Magi,_Artur, lk 90
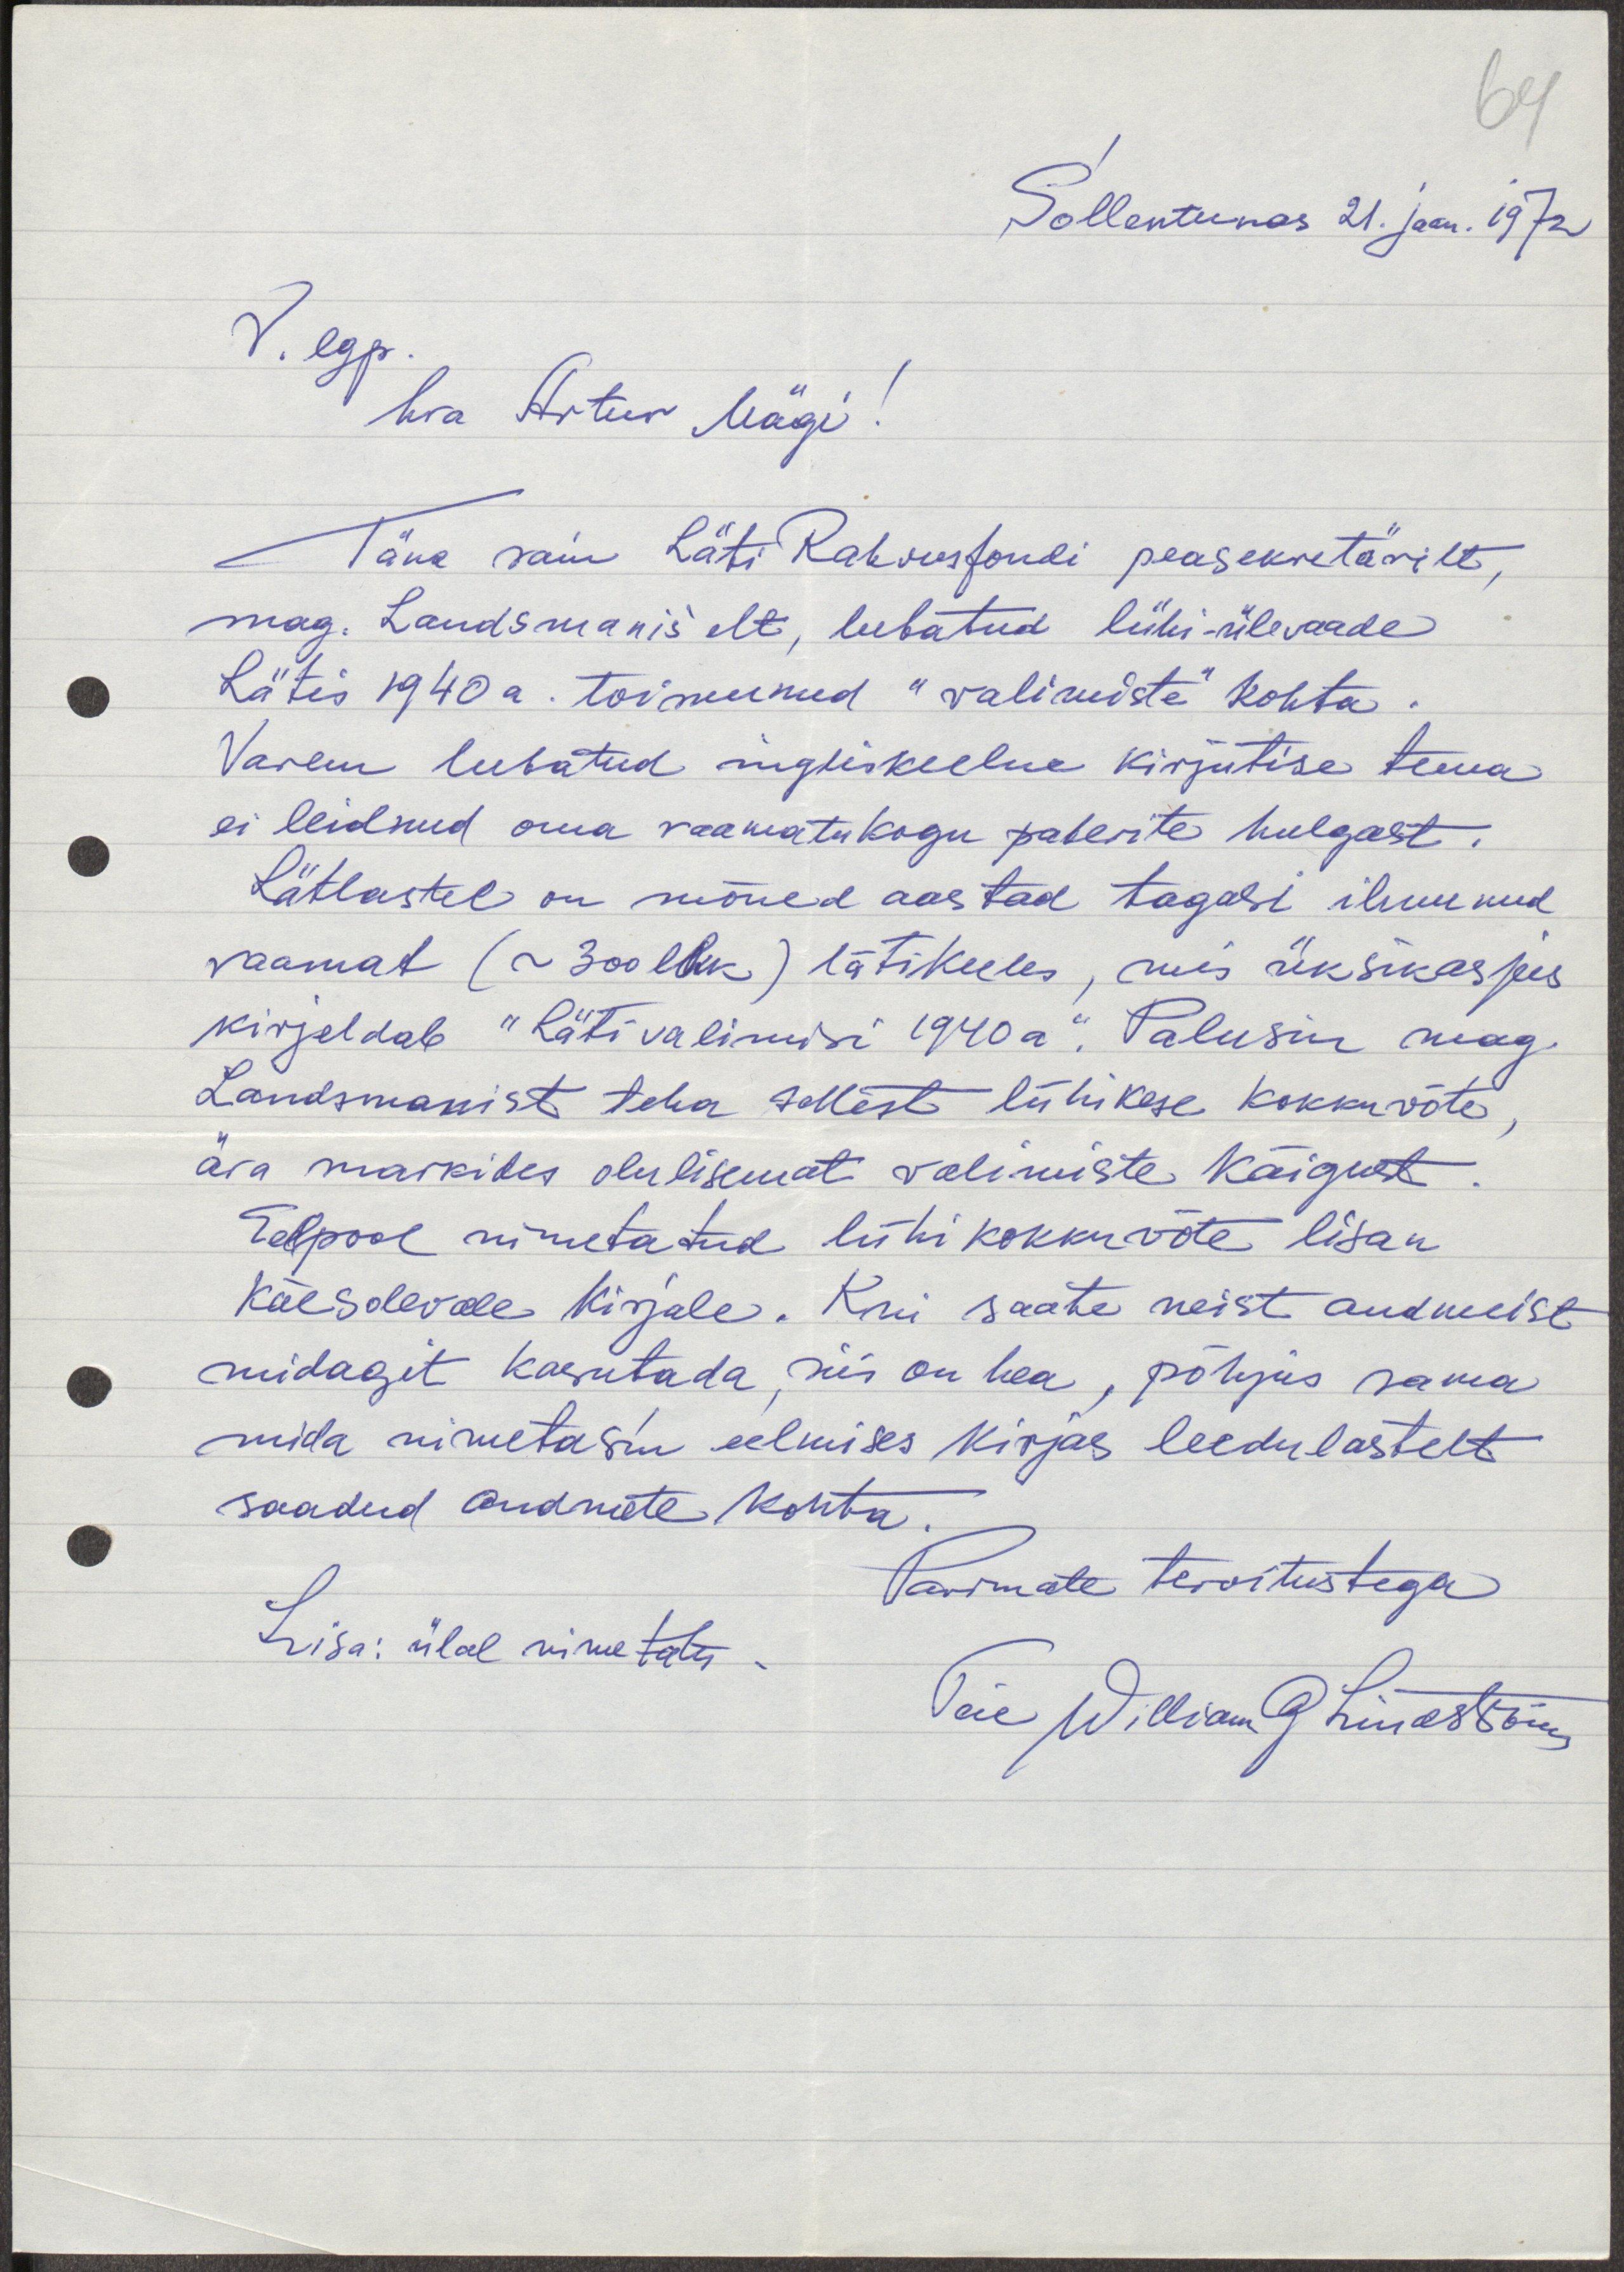
64
Sollentunas 21. jaan. 1972.
V. lgp hra Artur Mägi!
Täna sain Läti Rahvusfondi peasekretärilt,
mag. Landsmanis'elt, lubatud lühi-ülevaade
Lätis 1940.a. toimunud "valimiste" kohta
Varem lubatud ingliseelne kirjutise teema
ei leidnud oma raamatukogu paberite hulgast.
Lätlastel on mõned aastad tagasi ilmunud
raamat (~300lk) lätikeeles, mis üksikasjus
kirjeldab "Läti valimisi 1940a". Palusin mag.
Landsmanist teha sellest lühikese kokkuvõte,
ära markides olulisemat valimiste käigust.
Eelpool nimetatud lühikokkuvõte lisan
käesolevale kirjale. Kui saate neist andmeist
midagit kasutada, siis on hea, põhjus sama
mida nimetasin eelmises kirjas leedulastelt
saadud andmete kohta.
Lisa: ülal nimetatu.
Parimate tervitustega
Teie William G Lindström